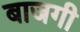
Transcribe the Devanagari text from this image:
बाजगी